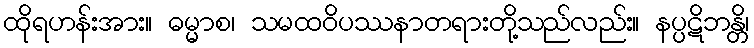
ထိုရဟန်းအား။ ဓမ္မာစ၊ သမထဝိပဿနာတရားတို့သည်လည်း။ နပ္ပဋိဘန္တိ၊